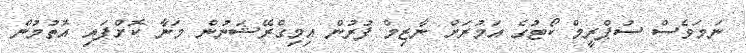
ނަމަވެސް ސުޕްރީމް ކޯޓުގެ އަމުރަށް ނާޒިމް ފުރުން އިމިގްރޭޝަނުން މަނާ ކޮށްފައި އޮތުމުން